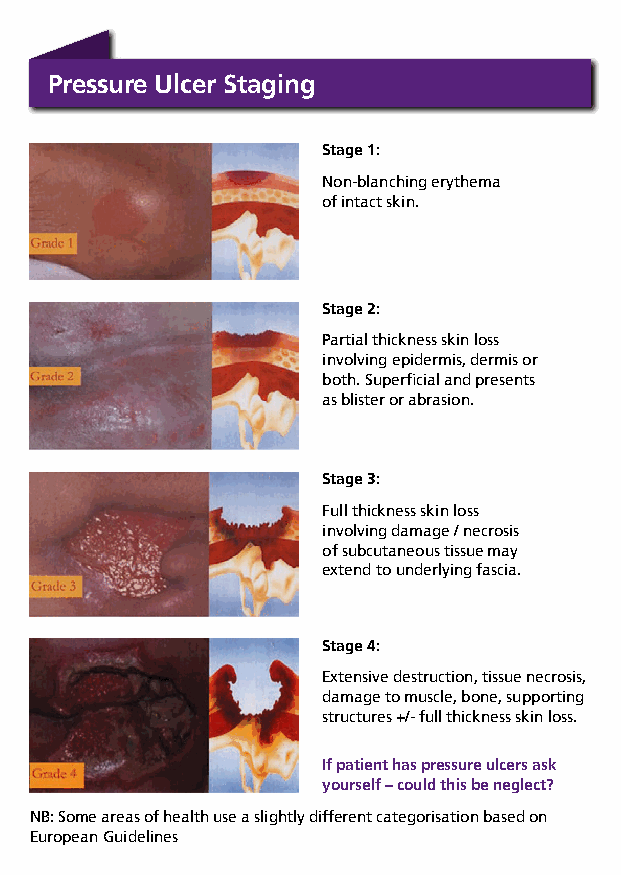
Pressure Ulcer Staging
 Stage 1:
 Non-blanching erythema
 of intact skin.
 Stage 2:
 Partial thickness skin loss
 involving epidermis, dermis or
 both. Superficial and presents
 as blister or abrasion.
 Stage 3:
 Full thickness skin loss
 involving damage / necrosis
 of subcutaneous tissue may
 extend to underlying fascia.
 Stage 4:
 Extensive destruction, tissue necrosis,
 damage to muscle, bone, supporting
 structures +/- full thickness skin loss.
 If patient has pressure ulcers ask
 yourself – could this be neglect?
 NB: Some areas of health use a slightly different categorisation based on
 European Guidelines